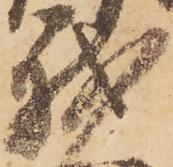
我